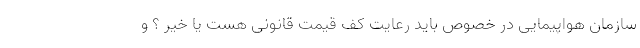
سازمان هواپیمایی در خصوص باید رعایت کف قیمت قانونی هست یا خیر ؟ و